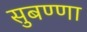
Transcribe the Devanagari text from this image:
सुबण्णा